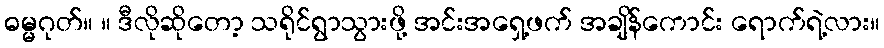
ဓမ္မဂုတ်။ ။ ဒီလိုဆိုတော့ သရိုင်ရွာသွားဖို့ အင်းအရှေ့ဖက် အချိန်ကောင်း ရောက်ရဲ့လား။